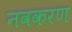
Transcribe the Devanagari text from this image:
नवकरण